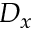
D _ { x }